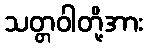
သတ္တဝါတို့အား